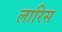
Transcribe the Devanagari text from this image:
लारिस